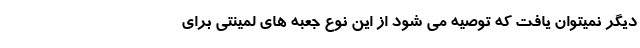
دیگر نمیتوان یافت که توصیه می شود از این نوع جعبه های لمینتی برای